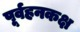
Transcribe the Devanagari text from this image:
पूर्वहनकक्ष